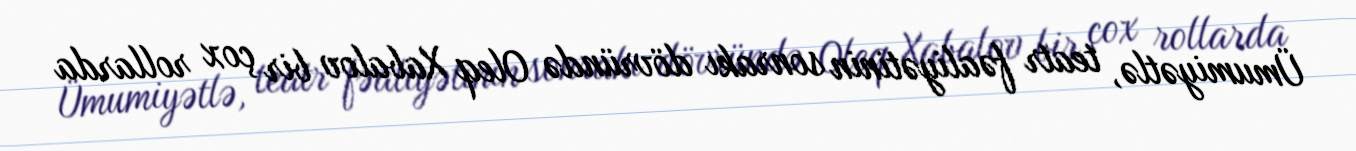
Ümumiyətlə, teatr fəaliyətinin sonrakı dövründə Oleq Xabalov bir çox rollarda